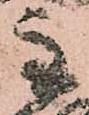
主